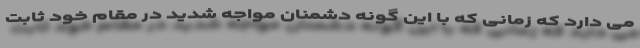
می دارد که زمانی که با این گونه دشمنان مواجه شدید در مقام خود ثابت